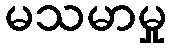
မသမာမှု